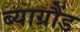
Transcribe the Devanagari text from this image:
ब्याग्रौंड